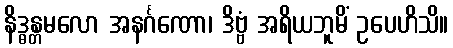
နိဒ္ဓန္တမလော အနင်္ဂဏော၊ ဒိဗ္ဗံ အရိယဘူမိံ ဥပေဟိသိ။